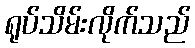
ရုပ်သိမ်းလိုက်သည်